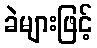
ခဲများဖြင့်